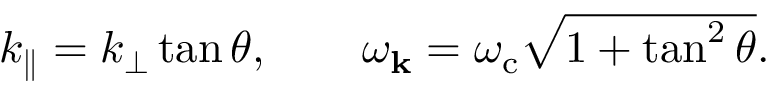
\begin{array} { r } { k _ { \parallel } = k _ { \perp } \tan \theta , ~ ~ ~ ~ ~ ~ \omega _ { \mathbf { k } } = \omega _ { \mathrm { c } } \sqrt { 1 + \tan ^ { 2 } \theta } . } \end{array}